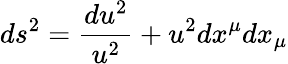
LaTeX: ds^{2}={\frac{du^{2}}{u^{2}}}+u^{2}dx^{\mu}dx_{\mu}